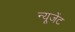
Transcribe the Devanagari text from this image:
न्यूजेंट